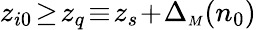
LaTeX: z_{i0}\! \ge\! z_{q}\! \equiv\! z_{s}\! +\! \Delta_{{\scriptscriptstyle M}}(n_{0})